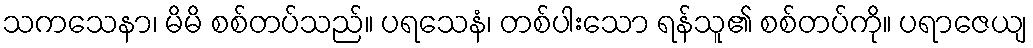
သကသေနာ၊ မိမိ စစ်တပ်သည်။ ပရသေနံ၊ တစ်ပါးသော ရန်သူ၏ စစ်တပ်ကို။ ပရာဇေယျ